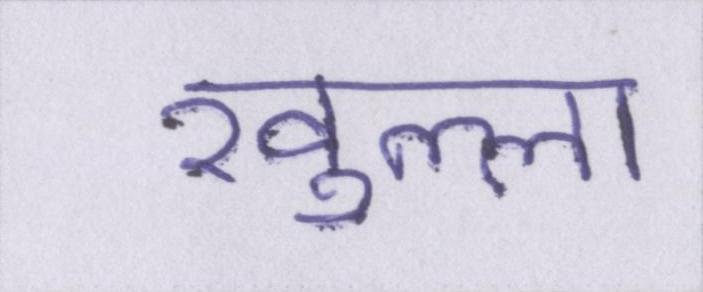
खुल्ला